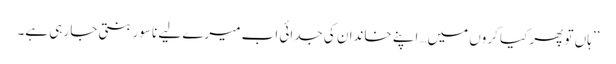
’’ہاں تو پھر کیا کروں میں…اپنے خاندان کی جدائی اب میرے لیے ناسور بنتی جا رہی ہے۔